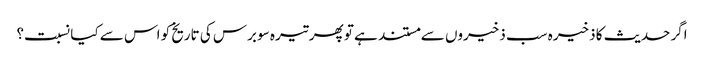
اگر حدیث کا ذخیرہ سب ذخیروں سے مستند ہے تو پھر تیرہ سو برس کی تاریخ کو اس سے کیا نسبت؟